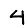
Digit: 4